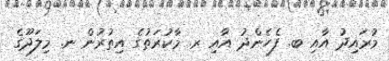
މުރައިދު އާއި ބ. ފެހެންދު އާއި ރ. މާކުރަތުގެ އިތުރުން ނ. މިލަދޫގެ